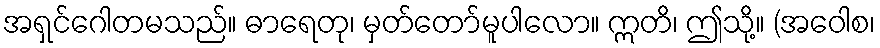
အရှင်ဂေါတမသည်။ ဓာရေတု၊ မှတ်တော်မူပါလော။ ဣတိ၊ ဤသို့။ (အဝေါစ၊